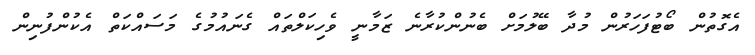
އެގޮތުން ބޯޓުފަހަރުން މުދާ ބޭލުމަށް ބެނުންކުރާނެ ޒަމާނީ ވެހިކަލްތައް ގެނައުމުގެ މަސައްކަތް އެކުންފުނިން